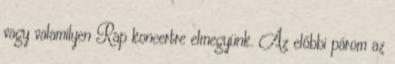
vagy valamilyen Rap koncertre elmegyünk. Az előbbi párom az